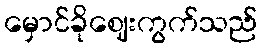
မှောင်ခိုဈေးကွက်သည်